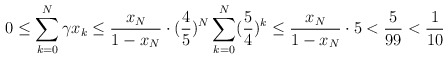
\begin{align*}0 \leq \sum \limits_{k=0}^N \gamma x_k \leq \frac{x_N}{1-x_N} \cdot (\frac45)^N \sum \limits_{k=0}^N (\frac54)^k \leq \frac{x_N}{1-x_N} \cdot 5 < \frac5{99} < \frac1{10}\end{align*}